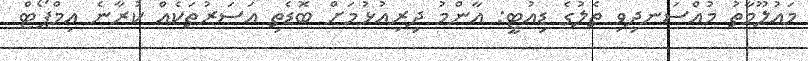
މައުލޫމާތު މުއްސަނދިވި ތެލުގެ ޑިއުޓީ: އާންމު ދިރިއުޅުމަށް ބޮޑެތި އަސަރުތަކެއް ކުރާނެ އިމްޕޯޓް